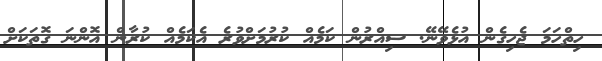
ހިތްހަމަ ޖެހިގެން އުޅެވޭނޭ. ސިއްރުން ކަމެއް ކުރުމަށްވުރެ އެކަމެއް ކުރާން އޮންނަ ގޮތަކަށް